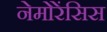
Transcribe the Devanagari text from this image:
नेमोरेंसिस